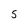
Character: 5